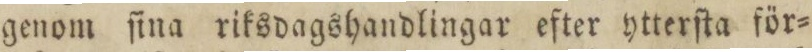
genom ſina riksdagshandlingar efter ytterſta för=